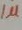
Text: 1µ